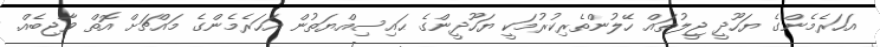
އަހަރެމެންގެ ޔަހޫދީ ޖީލުތައް ހޭލުންތެރިކުރުމަކީ ޔަހޫދީންގެ ޙައިސިއްޔަތުން އަހަރެމެންގެ މައްޗަށް އޮތް ވާޖިބެއް.